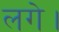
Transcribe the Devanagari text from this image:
लगेे।